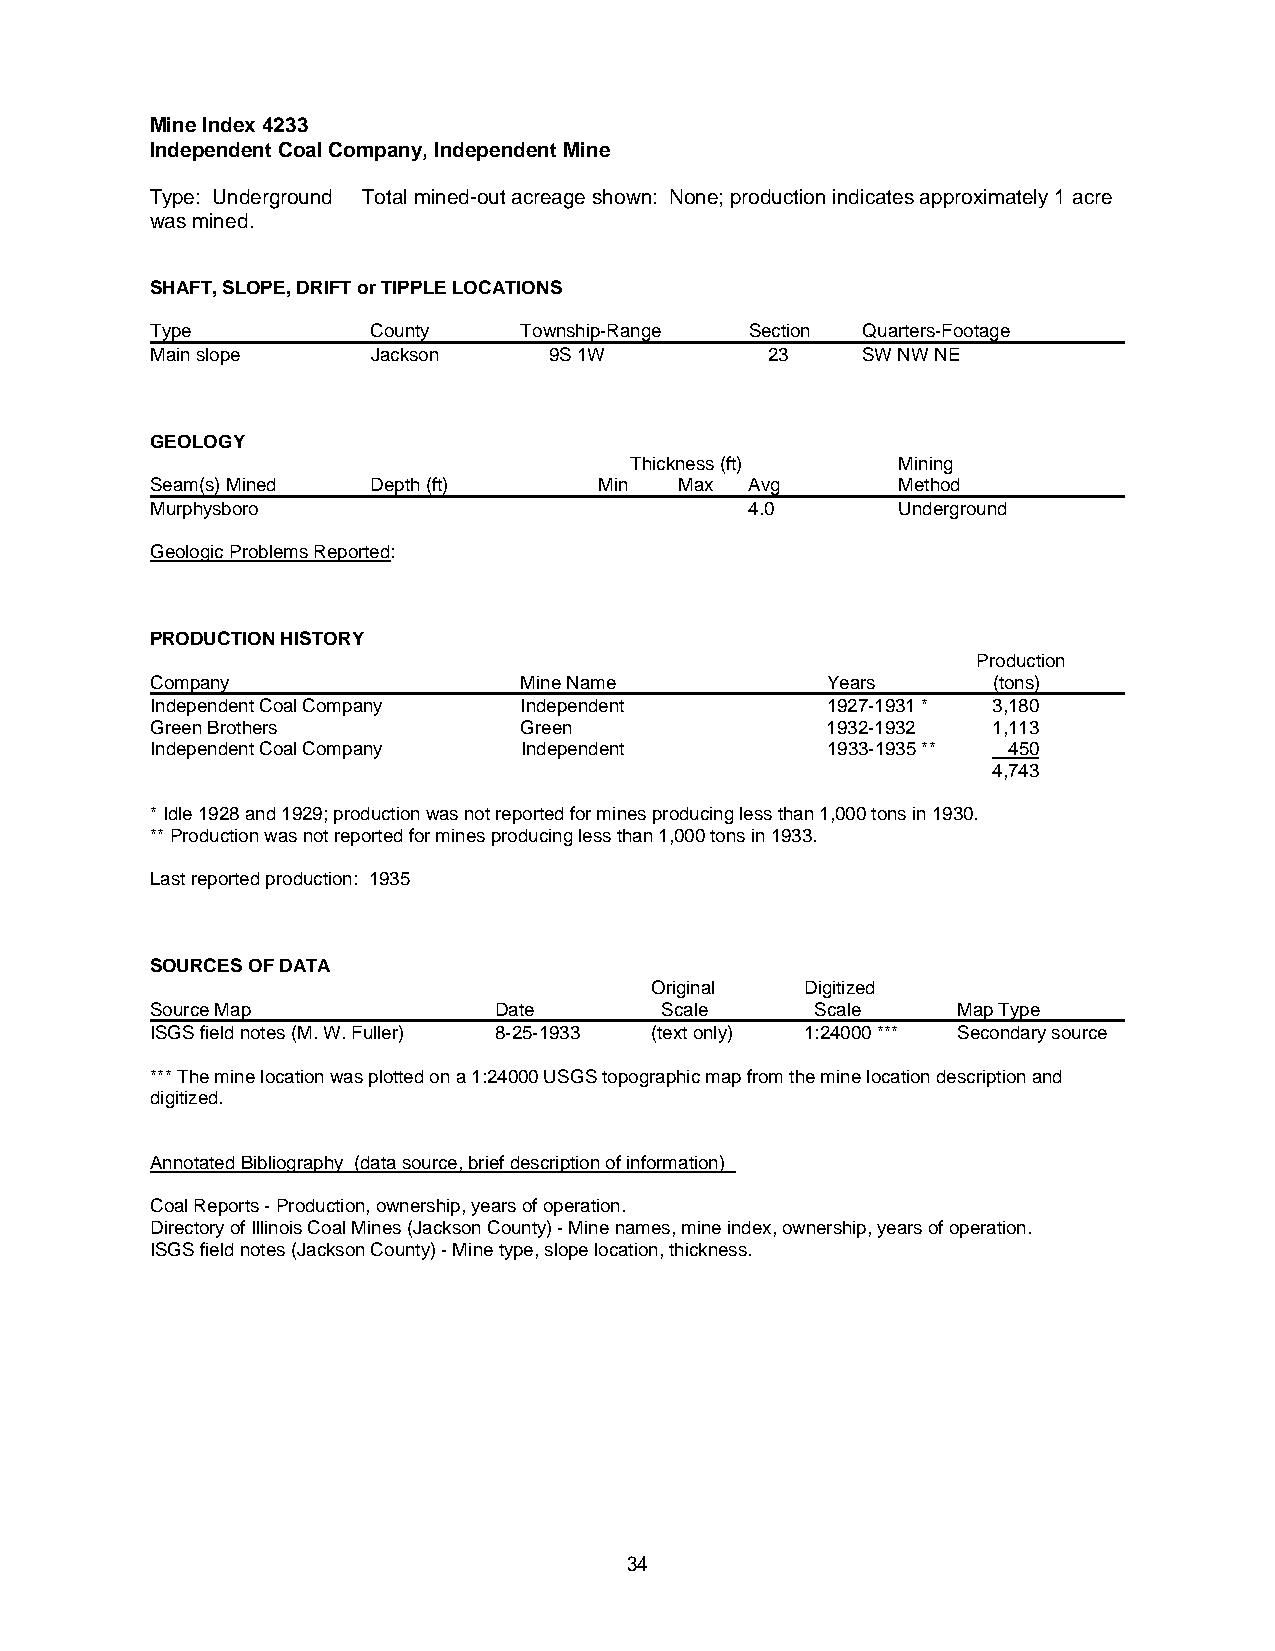
Mine Index 4233
 Independent Coal Company, Independent Mine
 Type: Underground Total mined-out acreage shown: None; production indicates approximately 1 acre
 was mined.
 SHAFT, SLOPE, DRIFT or TIPPLE LOCATIONS
 Type           County   Township-Range  Section Quarters-Footage
 Main slope     Jackson    9S 1W          23    SW NW NE
 GEOLOGY
 Thickness (ft)   Mining
 Seam(s) Mined  Depth (ft)     Min  Max  Avg      Method
 Murphysboro                             4.0      Underground
 Geologic Problems Reported:
 PRODUCTION HISTORY
 Production
 Company                 Mine Name            Years      (tons)
 Independent Coal Company Independent         1927-1931 * 3,180
 Green Brothers          Green                1932-1932  1,113
 Independent Coal Company Independent         1933-1935 ** 450
 4,743
 * Idle 1928 and 1929; production was not reported for mines producing less than 1,000 tons in 1930.
 ** Production was not reported for mines producing less than 1,000 tons in 1933.
 Last reported production: 1935
 SOURCES OF DATA
 Original  Digitized
 Source Map             Date       Scale     Scale    Map Type
 ISGS field notes (M. W. Fuller) 8-25-1933 (text only) 1:24000 *** Secondary source
 *** The mine location was plotted on a 1:24000 USGS topographic map from the mine location description and
 digitized.
 Annotated Bibliography (data source, brief description of information)
 Coal Reports - Production, ownership, years of operation.
 Directory of Illinois Coal Mines (Jackson County) - Mine names, mine index, ownership, years of operation.
 ISGS field notes (Jackson County) - Mine type, slope location, thickness.
 34